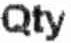
QTY